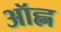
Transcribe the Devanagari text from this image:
ऑह्न